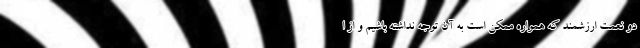
دو نعمت ارزشمند که همواره ممکن است به آن توجه نداشته باشیم و از ا